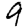
Digit: 9